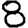
Digit: 8